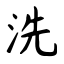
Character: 洗